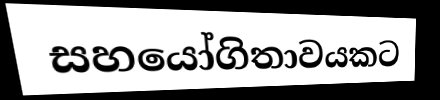
සහයෝගිතාවයකට